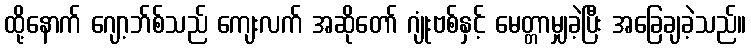
ထို့နောက် ဂျော့ဘ်စ်သည် ကျေးလက် အဆိုတော် ဂျုံးဗစ်နှင့် မေတ္တာမျှခဲ့ပြီး အခြေချခဲ့သည်။